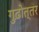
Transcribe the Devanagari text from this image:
गुढ़ोत्तर